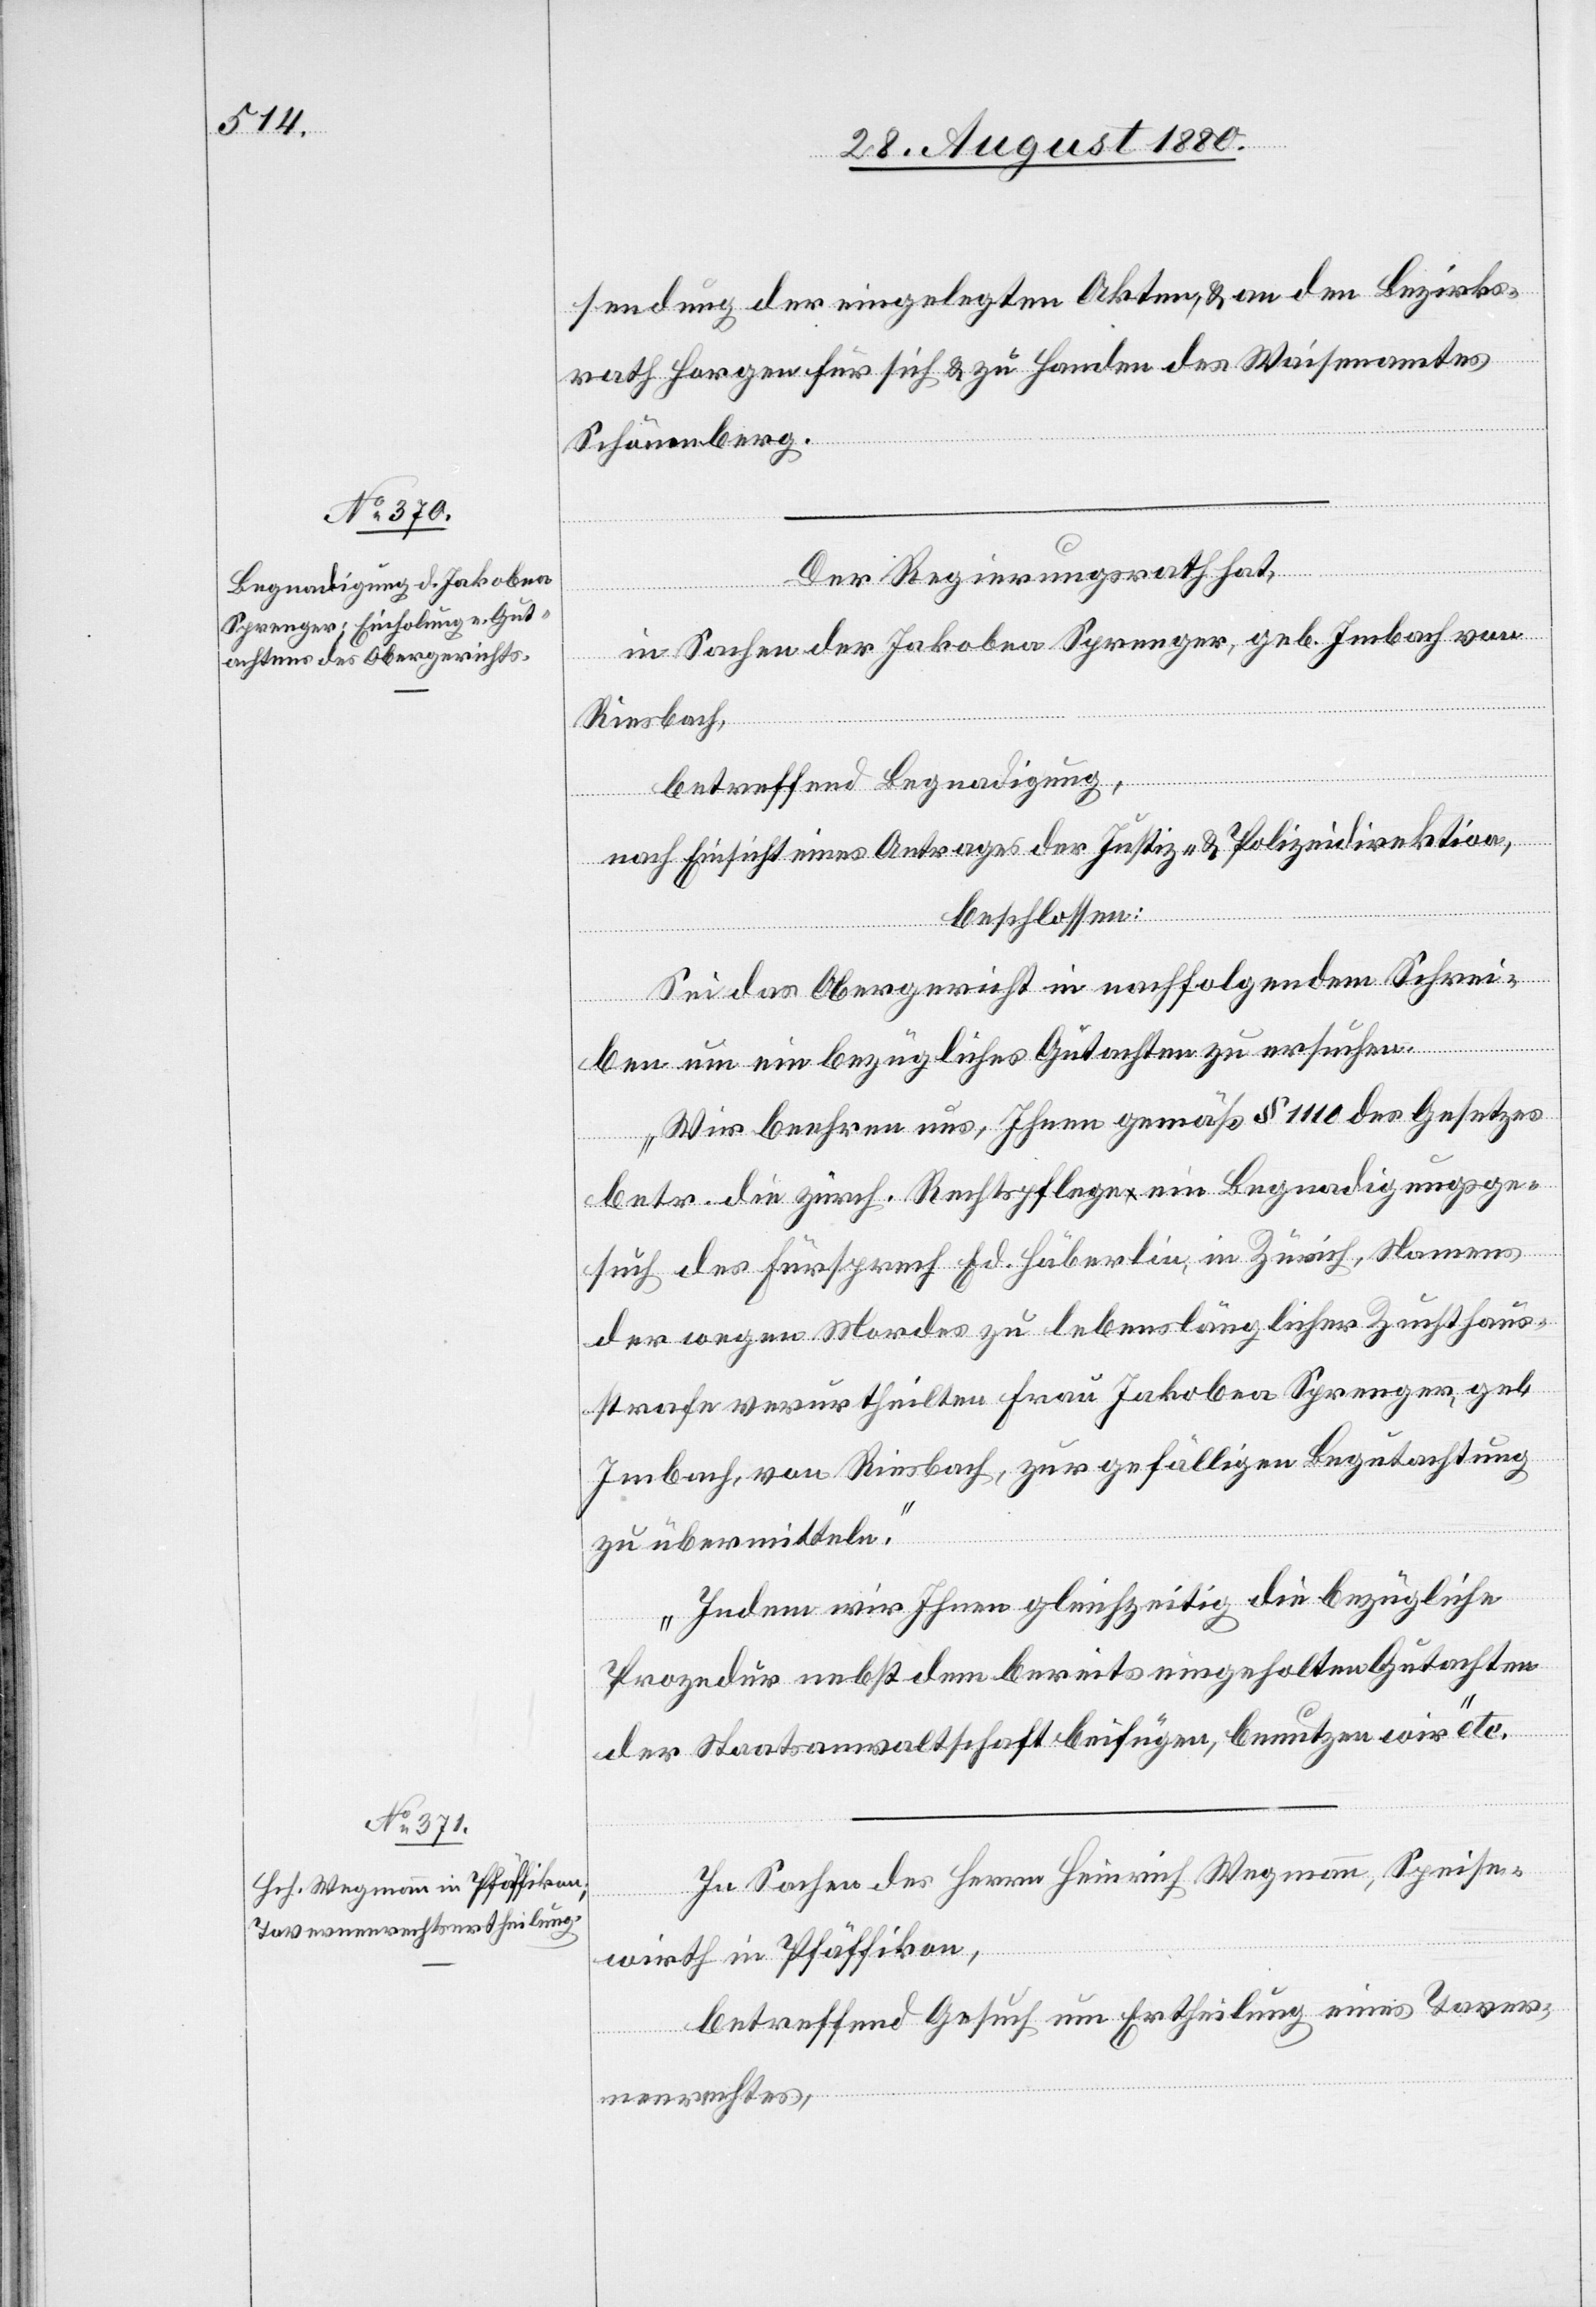
sendung der eingelegten Akten, & an den Bezirks¬
rath Horgen für sich & zu Handen des Waisenamtes
Schönenberg.
Der Regierungsrath hat,
in Sachen der Jakobea Sprenger, geb. Imbach von
Riesbach,
betreffend Begnadigung,
nach Einsicht eines Antrages der Justiz- & Polizeidirektion,
beschlossen:
Sei das Obergericht in nachfolgendem Schrei¬
ben um ein bezügliches Gutachten zu ersuchen.
„Wir beehren uns, Ihnen gemäß § 1110 des Gesetzes
betr. die zürch. Rechtspflege ein Begnadigungsge¬
such des Fürsprech Ed. Häberlin, in Zürich, Namens
der wegen Mordes zu lebenslänglicher Zuchthaus¬
strafe verurtheilten Frau Jakobea Sprenger, geb.
Imbach, von Riesbach, zu gefälligen Begutachtung
zu übermitteln.
Indem wir Ihnen gleichzeitig die bezügliche
Prozedur nebst dem bereits eingeholten Gutachten
der Staatsanwaltschaft beifügen, benutzen wir“ etc.
In Sachen des Herren Heinrich Wegmann, Speise¬
wirth in Pfäffikon,
betreffend Gesuch um Ertheilung eines Taver¬
nenrechtes,